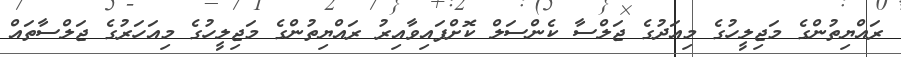
ރައްޔިތުންގެ މަޖިލީހުގެ މިއަދުގެ ޖަލްސާ ކެންސަލް ކޮށްފައިވާއިރު ރައްޔިތުންގެ މަޖިލީހުގެ މިއަހަރުގެ ޖަލްސާތައް